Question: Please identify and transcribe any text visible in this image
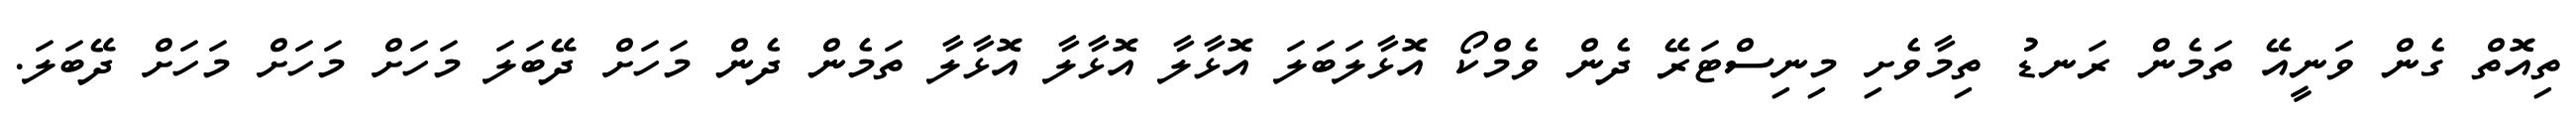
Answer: ތިއޮތް ގެން ވަނީއޭ ތަމެން ރަނޑު ތިމާވެށި މިނިސްޓަރޭ ދެން ވެމްކޯ އޮޅާލަބަލަ އޮޅާލާ އޮޅާލާ އޮޅާލާ ތަމެން ދެން މަހަށް ދޭބަލަ މަހަށް މަހަށް މަހަށް ދޭބަލަ.